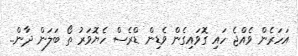
އަހަރެން ވެއްޖެ ހައި ގޮވައިގެން ވެޑިން ޑްރެސް ހެޔޮވަރު ތޯ ބަލަން ދާން..